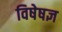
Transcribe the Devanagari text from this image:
विषेषज्ञ